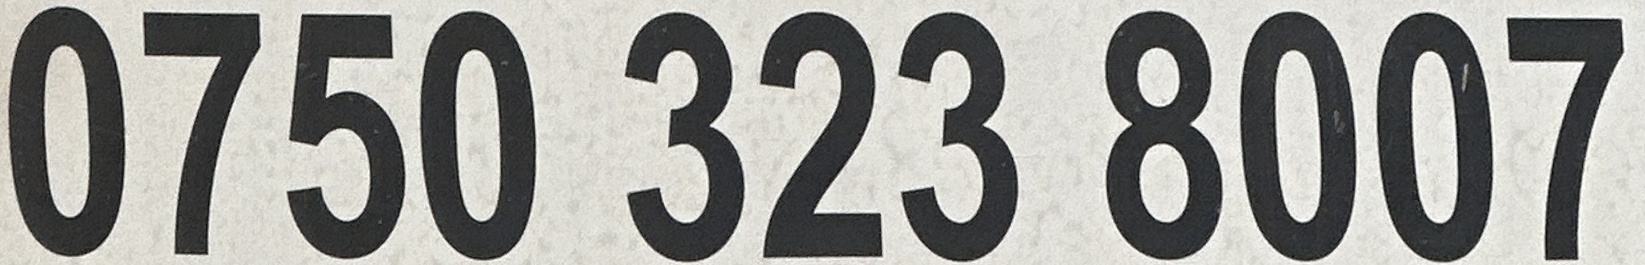
0750 323 8007